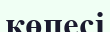
көпесі